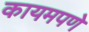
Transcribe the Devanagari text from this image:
कायमपणे